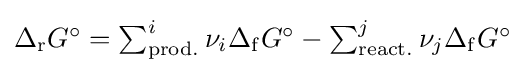
{\textstyle \Delta _{\mathrm {r} }G^{\circ }=\sum _{\mathrm {prod.} }^{i}\nu _{i}\Delta _{\mathrm {f} }G^{\circ }-\sum _{\mathrm {react.} }^{j}\nu _{j}\Delta _{\mathrm {f} }G^{\circ }}